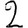
Digit: 2